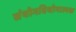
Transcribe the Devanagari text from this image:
संयोगवियोगात्मक